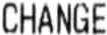
CHANGE